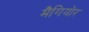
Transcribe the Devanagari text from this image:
मैगियोर